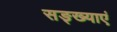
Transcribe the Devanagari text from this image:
सङ्ख्याएं